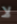
لا